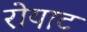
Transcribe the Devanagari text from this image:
रोयाट